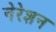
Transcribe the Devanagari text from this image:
नेरेशन